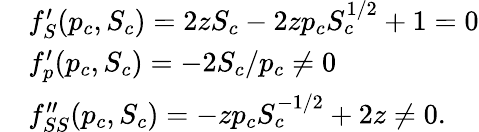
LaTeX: \begin{array}{rl}&{f_{S}^{\prime}(p_{c},S_{c})=2zS_{c}-2zp_{c}S_{c}^{1/2}+1=0}\\ &{f_{p}^{\prime}(p_{c},S_{c})=-2S_{c}/p_{c}\neq 0}\\ &{f_{SS}^{\prime\prime}(p_{c},S_{c})=-zp_{c}S_{c}^{-1/2}+2z\neq 0.}\end{array}